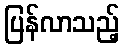
ပြန်လာသည့်